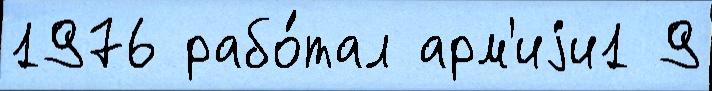
1976 рабо́тал арм'иjи1 9